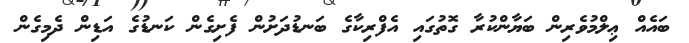
ބައެއް ޢިލްމުވެރިން ބަޔާންކުރާ ގޮތުގައި އެފްރިކާގެ ބަނޑުދަށުން ފެށިގެން ކަނޑުގެ އަޑިން ދެމިގެން